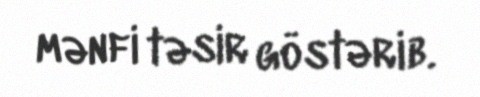
mənfi təsir göstərib.